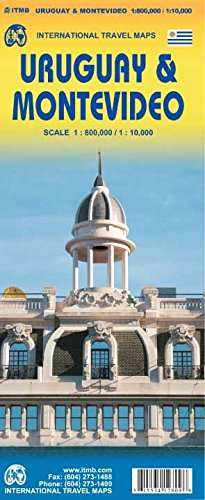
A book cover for Uruguay / Montevideo Travel Reference 1:800K/1:10K ITMB; ITMB Publishing LTD; Travel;